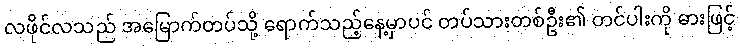
လဖိုင်လသည် အမြောက်တပ်သို့ ရောက်သည့်နေ့မှာပင် တပ်သားတစ်ဦး၏ တင်ပါးကို ဓားဖြင့်